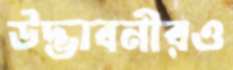
উদ্ভাবনীরও